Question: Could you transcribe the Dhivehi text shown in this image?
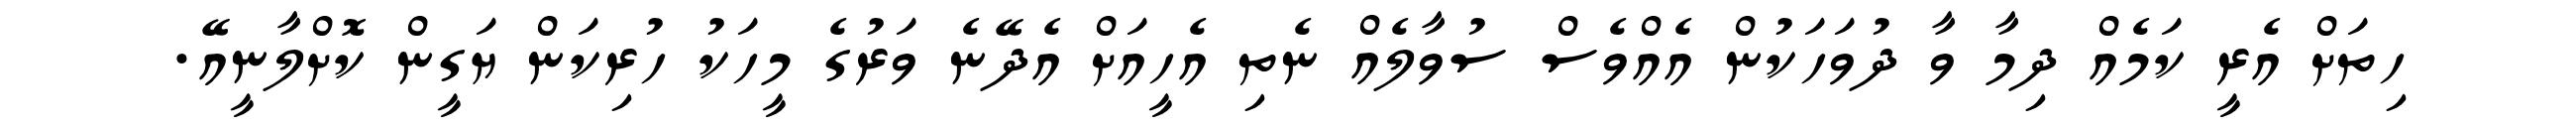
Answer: ހިތަށް އެރީ ކަމެއް ދިމާ ވާ ދުވަހަކުން އެއްވެސް ސުވާލެއް ނެތި އެހީއަށް އެދޭނެ ވަރުގެ މީހަކު ހުރިކަން ޔަގީން ކޮށްލާނީއޭ.